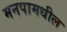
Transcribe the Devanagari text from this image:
मनपामधील